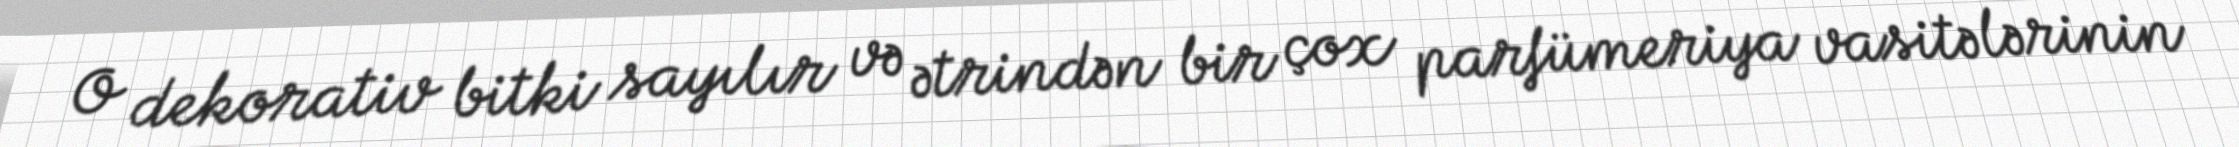
O dekorativ bitki sayılır və ətrindən bir çox parfümeriya vasitələrinin